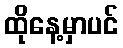
ထိုနေ့မှာပင်